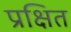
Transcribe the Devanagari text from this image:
प्रक्षित